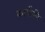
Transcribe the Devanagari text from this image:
कार्यतंत्रे